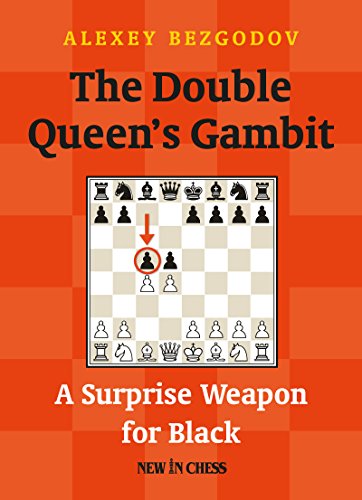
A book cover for The Double Queen's Gambit: A Surprise Weapon for Black; Alexey Bezgodov; Humor & Entertainment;